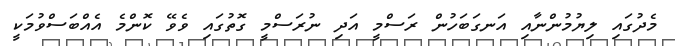
މެދުގައި ލިޔުމުންނާއި އަނގަބަހުން ރަސްމީ އަދި ނުރަސްމީ ގޮތުގައި ވެވޭ ކޮންމެ އެއްބަސްވުމަކީ